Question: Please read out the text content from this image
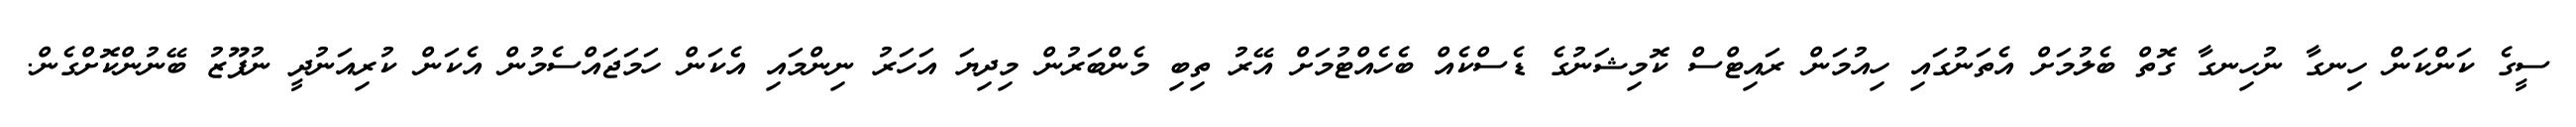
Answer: ސީގެ ކަންކަން ހިނގާ ނުހިނގާ ގޮތް ބެލުމަށް އެތަނުގައި ހިއުމަން ރައިޓްސް ކޮމިޝަނުގެ ޑެސްކެއް ބެހެއްޓުމަށް އޭރު ތިބި މެންބަރުން މިދިޔަ އަހަރު ނިންމައި އެކަން ހަމަޖައްސެމުން އެކަން ކުރިއަނުދީ ނުފޫޒު ބޭނުންކޮށްގެން.